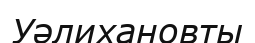
Уәлихановты